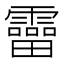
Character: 𩆞